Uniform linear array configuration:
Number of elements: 24
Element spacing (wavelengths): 1
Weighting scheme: hann
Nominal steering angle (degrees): -30
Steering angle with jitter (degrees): -28.491
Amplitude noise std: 0.05
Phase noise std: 0.05

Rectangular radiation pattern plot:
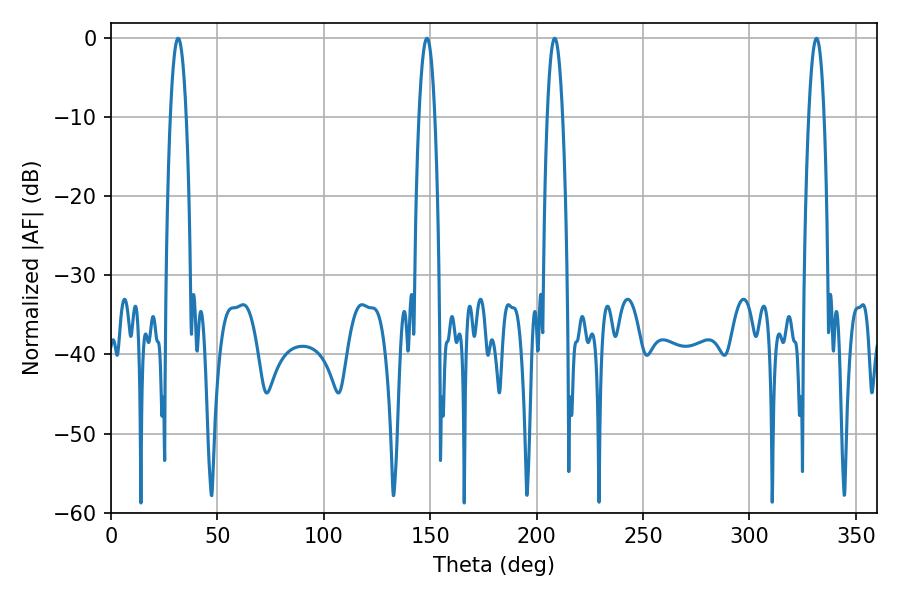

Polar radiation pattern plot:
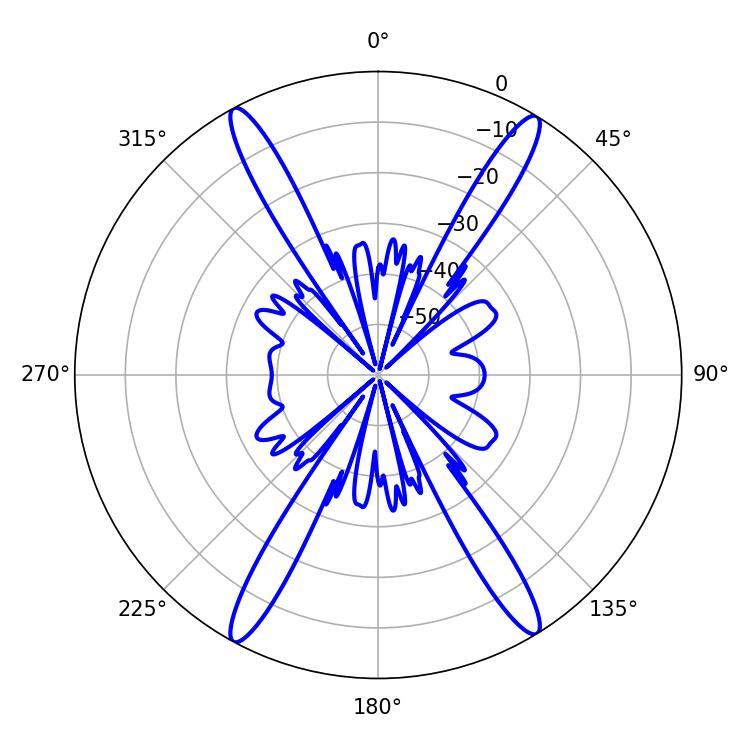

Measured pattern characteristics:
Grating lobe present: TRUE
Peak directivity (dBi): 23.302
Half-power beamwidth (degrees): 4.14
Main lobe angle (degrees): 31.5